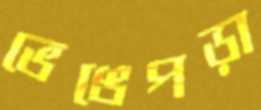
ভেঙেপড়া